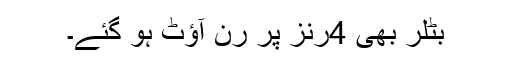
بٹلر بھی 4رنز پر رَن آؤٹ ہو گئے۔